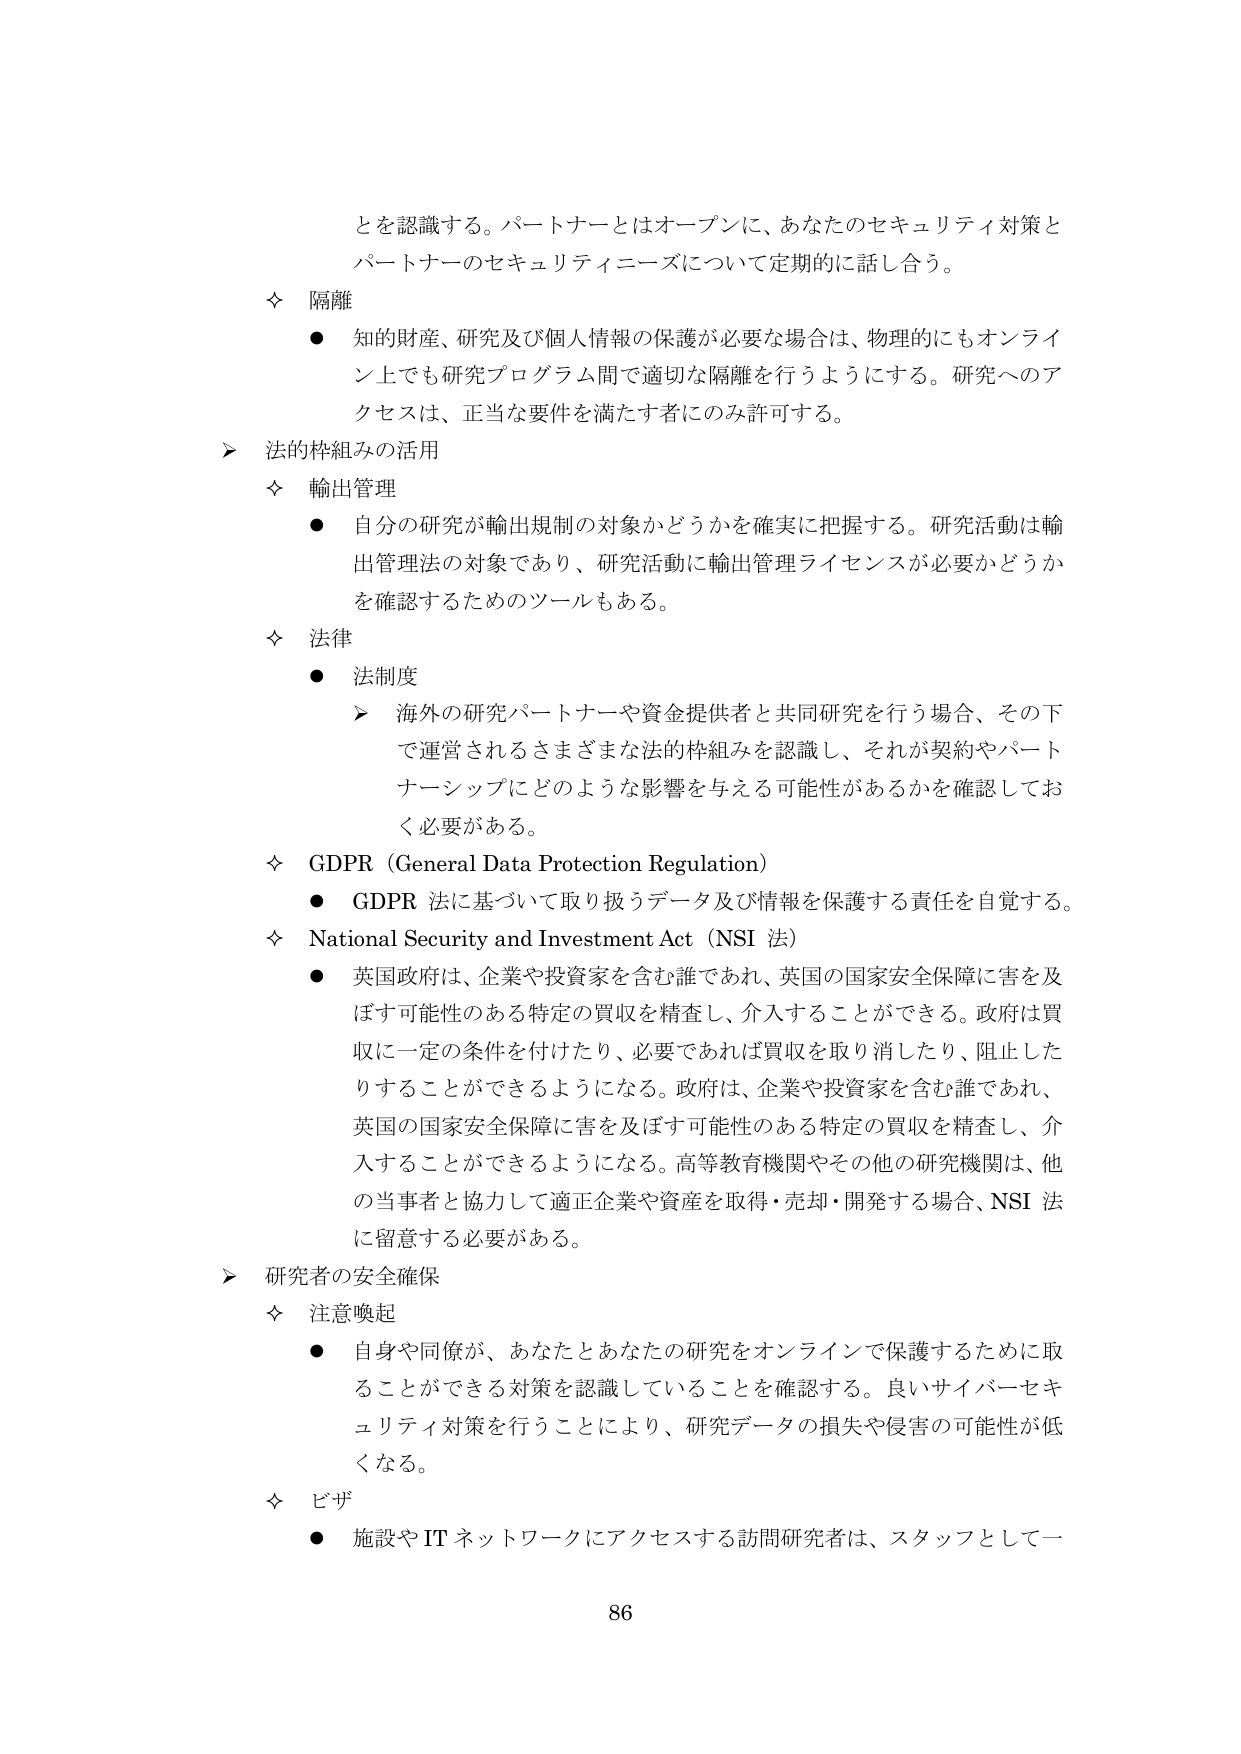
とを認識する。パートナーとはオープンに、あなたのセキュリティ対策と
パートナーのセキュリティニーズについて定期的に話し合う。

◇ 隔離
● 知的財産、研究及び個人情報の保護が必要な場合は、物理的にもオンライン上でも研究プログラム間で適切な隔離を行うようにする。研究へのアクセスは、正当な要件を満たす者にのみ許可する。

➢ 法的枠組みの活用
◇ 輸出管理
● 自分の研究が輸出規制の対象かどうかを確実に把握する。研究活動は輸出管理法の対象であり、研究活動に輸出管理ライセンスが必要かどうかを確認するためのツールもある。

◇ 法律
● 法制度
➢ 海外の研究パートナーや資金提供者と共同研究を行う場合、その下で運営されるさまざまな法的枠組みを認識し、それが契約やパートナーシップにどのような影響を与える可能性があるかを確認しておく必要がある。

◇ GDPR（General Data Protection Regulation）
● GDPR 法に基づいて取り扱うデータ及び情報を保護する責任を自覚する。

◇ National Security and Investment Act（NSI 法）
● 英国政府は、企業や投資家を含む誰であれ、英国の国家安全保障に害を及ぼす可能性のある特定の買収を精査し、介入することができる。政府は買収に一定の条件を付けたり、必要であれば買収を取り消したり、阻止したりすることができるようになる。政府は、企業や投資家を含む誰であれ、英国の国家安全保障に害を及ぼす可能性のある特定の買収を精査し、介入することができるようになる。高等教育機関やその他の研究機関は、他の当事者と協力して適正企業や資産を取得・売却・開発する場合、NSI 法に留意する必要がある。

➢ 研究者の安全確保
◇ 注意喚起
● 自身や同僚が、あなたとあなたの研究をオンラインで保護するために取ることができる対策を認識していることを確認する。良いサイバーセキュリティ対策を行うことにより、研究データの損失や侵害の可能性が低くなる。

◇ ビザ
● 施設や IT ネットワークにアクセスする訪問研究者は、スタッフとして一

86